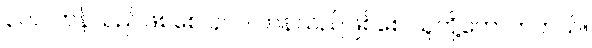
၃၀၀ တန်သည်ဖြစ်စေ ၄၀၀ တန်သည်ဖြစ်စေ သူတို့ကောက်တယ်။